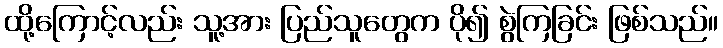
ထို့ကြောင့်လည်း သူ့အား ပြည်သူတွေက ပို၍ စွဲကြခြင်း ဖြစ်သည်။